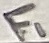
Text: F1